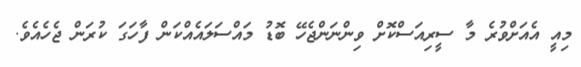
މިއީ އެއަށްވުރެ މާ ސީރިއަސްކޮށް ވިންނަންޖެހޭ ބޮޑު މައްސަލައެއްކަން ފާހަގަ ކުރަން ޖެހެއެވެ.